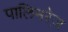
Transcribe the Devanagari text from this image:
पालिमरेज़